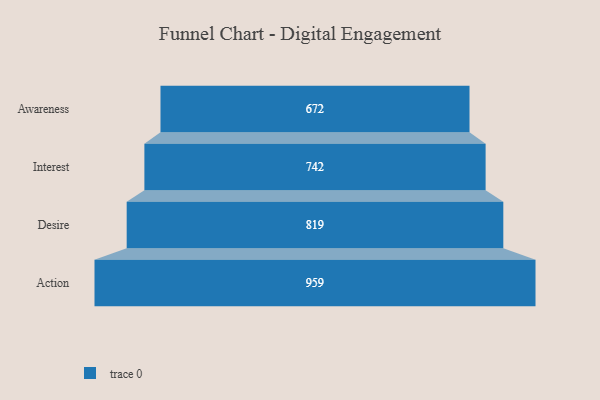
{"axis": {"x": "Stage", "y": "Value"}, "legend": [""], "data": [{"x": "Awareness", "y": 672.0, "type": ""}, {"x": "Interest", "y": 742.0, "type": ""}, {"x": "Desire", "y": 819.0, "type": ""}, {"x": "Action", "y": 959.0, "type": ""}]}